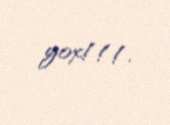
yox!!!.